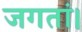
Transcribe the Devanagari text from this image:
जगतां।